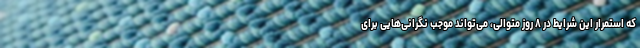
که استمرار این شرایط در ۸ روز متوالی، می‌تواند موجب نگرانی‌هایی برای